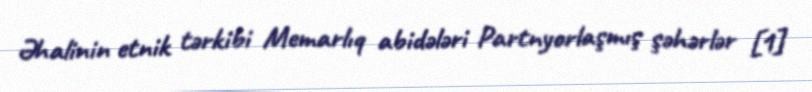
Əhalinin etnik tərkibi Memarlıq abidələri Partnyorlaşmış şəhərlər [1]